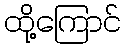
ထို့ကြောင်